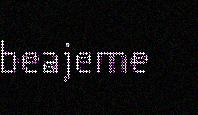
beajeme